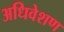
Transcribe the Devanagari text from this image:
अधिवेशण